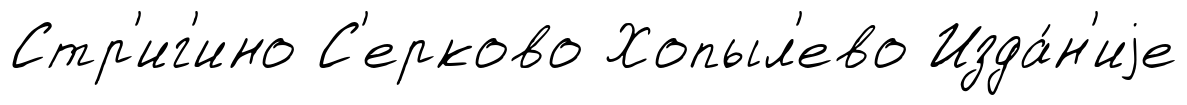
Стр'иг'ино С'ерково Хопыл'ево Изда́н'иjе